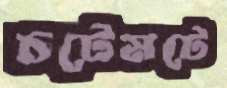
চটেমটে